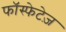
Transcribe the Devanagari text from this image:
फॉस्फेटेज़